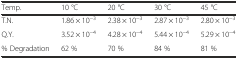
<table><thead><tr><td><b>Temp.</b></td><td><b>10 °C</b></td><td><b>20 °C</b></td><td><b>30 °C</b></td><td><b>45 °C</b></td></tr></thead><tbody><tr><td>T.N.</td><td>1.86 × 10<sup>−3</sup></td><td>2.38 × 10<sup>−3</sup></td><td>2.87 × 10<sup>−3</sup></td><td>2.80 × 10<sup>−3</sup></td></tr><tr><td>Q.Y.</td><td>3.52 × 10<sup>−4</sup></td><td>4.28 × 10<sup>−4</sup></td><td>5.44 × 10<sup>−4</sup></td><td>5.29 × 10<sup>−4</sup></td></tr><tr><td>% Degradation</td><td>62 %</td><td>70 %</td><td>84 %</td><td>81 %</td></tr></tbody></table>